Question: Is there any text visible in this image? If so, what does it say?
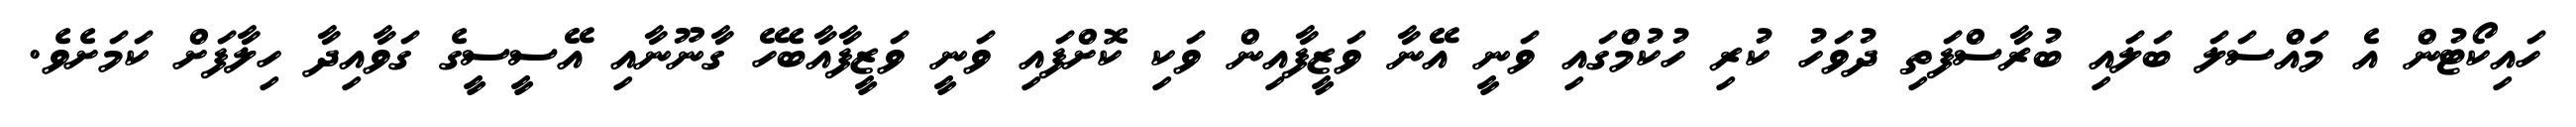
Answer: ހައިކޯޓުން އެ މައްސަލަ ބަލައި ބުރާސްފަތި ދުވަހު ކުރި ހުކުމްގައި ވަނީ އޭނާ ވަޒީފާއިން ވަކި ކޮށްފައި ވަނީ ވަޒީފާއާބެހޭ ގާނޫނާއި އޭސީސީގެ ގަވާއިދާ ހިލާފަށް ކަމަށެވެ.